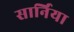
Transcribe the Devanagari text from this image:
सार्निया